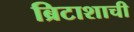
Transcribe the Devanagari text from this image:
ब्रिटाशाची